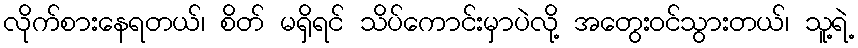
လိုက်စားနေရတယ်၊ စိတ် မရှိရင် သိပ်ကောင်းမှာပဲလို့ အတွေးဝင်သွားတယ်၊ သူ့ရဲ့